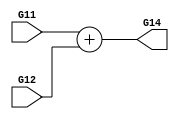
module adder(G11,G12,G14);
input [1:0] G11,G12;
output [1:0] G14;
assign G14 = G11+G12;
endmodule